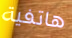
هاتفية